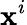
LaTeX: \mathbf{x}^{i}